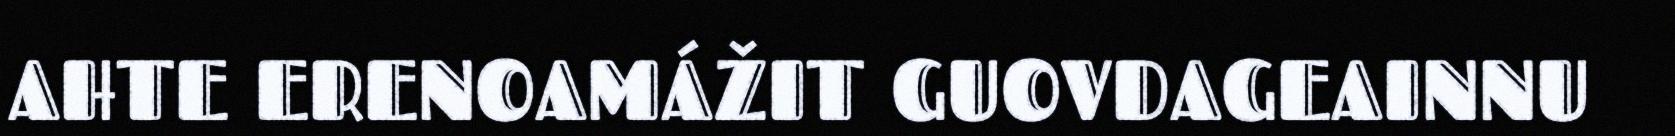
AHTE ERENOAMÁŽIT GUOVDAGEAINNU